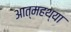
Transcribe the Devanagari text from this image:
आत्महथ्या